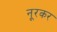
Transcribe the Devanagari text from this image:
नूरकर